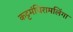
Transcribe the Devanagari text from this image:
कट्टमंचिरामलिंगा